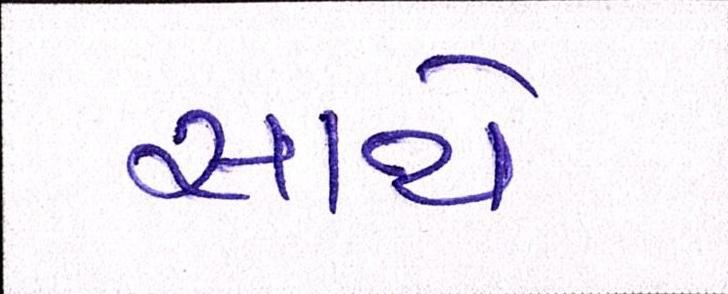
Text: સાથે